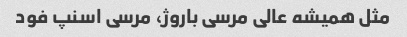
مثل همیشه عالی مرسی باروژ، مرسی اسنپ فود